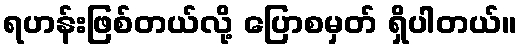
ရဟန်းဖြစ်တယ်လို့ ပြောစမှတ် ရှိပါတယ်။